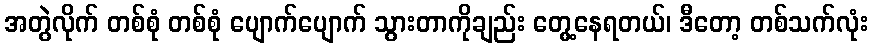
အတွဲလိုက် တစ်စုံ တစ်စုံ ပျောက်ပျောက် သွားတာကိုချည်း တွေ့နေရတယ်၊ ဒီတော့ တစ်သက်လုံး